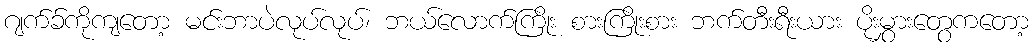
ဂျက်ခ်ကိုကျတော့ မင်းဘာပဲလုပ်လုပ်၊ ဘယ်လောက်ကြိုး စားကြိုးစား ဘက်တီးရီးယား ပိုးမွှားတွေကတော့